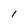
Character: 1